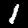
Digit: 1